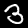
Digit: 3